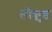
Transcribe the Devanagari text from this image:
लोक्वुड